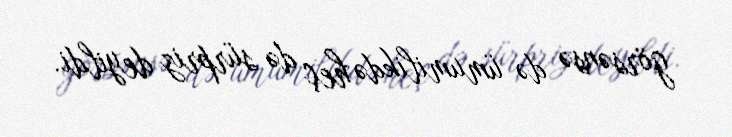
görsənsə də ümumilikdə heç də sürpriz deyildi.